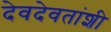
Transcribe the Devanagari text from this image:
देवदेवतांशी